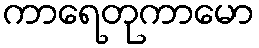
ကာရေတုကာမော